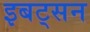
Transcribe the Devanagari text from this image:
इबट्सन